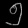
Digit: ၅